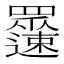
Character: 𲆉